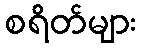
စရိတ်များ